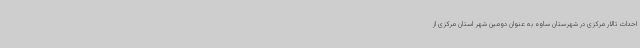
احداث تالار مرکزی در شهرستان ساوه به عنوان دومین شهر استان مرکزی از